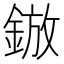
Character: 𮢓